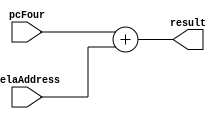
`timescale 1ns / 1ps
module aluAdder(result, pcFour, relaAddress);
	input [31:0] pcFour, relaAddress;
	output [31:0] result;
	assign result = pcFour + relaAddress;
	// for branch, if branch, new pc = result.
endmodule